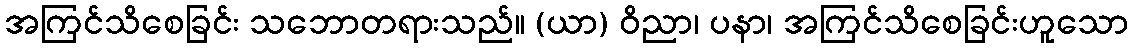
အကြင်သိစေခြင်း သဘောတရားသည်။ (ယာ) ဝိညာ၊ ပနာ၊ အကြင်သိစေခြင်းဟူသော